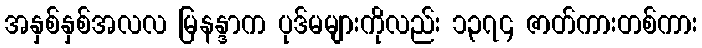
အနှစ်နှစ်အလလ မြနန္ဒာက ပုဒ်မများကိုလည်း ၁,၃၇၄ ဇာတ်ကားတစ်ကား